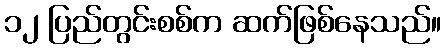
၁၂ ပြည်တွင်းစစ်က ဆက်ဖြစ်နေသည်။